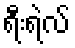
ရီးရဲလ်